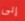
إلى